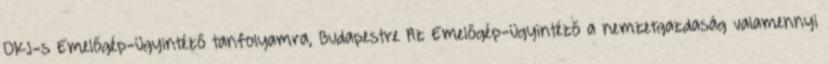
OKJ-s Emelőgép-ügyintéző tanfolyamra, Budapestre Az Emelőgép-ügyintéző a nemzetgazdaság valamennyi